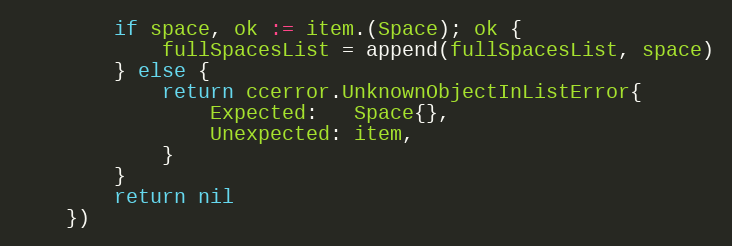
Language: Go
		if space, ok := item.(Space); ok {
			fullSpacesList = append(fullSpacesList, space)
		} else {
			return ccerror.UnknownObjectInListError{
				Expected:   Space{},
				Unexpected: item,
			}
		}
		return nil
	})